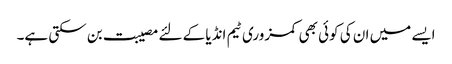
ایسے میں ان کی کوئی بھی کمزوری ٹیم انڈیا کے لئے مصیبت بن سکتی ہے۔